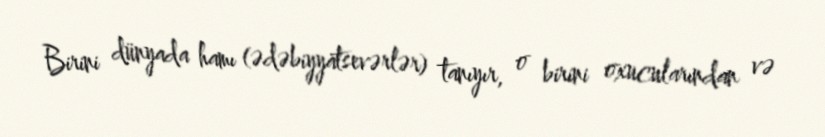
Birini dünyada hamı (ədəbiyyatsevərlər) tanıyır, o birini oxucularından və